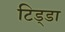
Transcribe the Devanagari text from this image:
टिड्डा